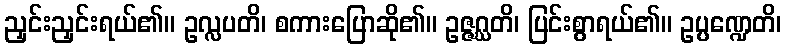
ညှင်းညှင်းရယ်၏။ ဥလ္လပတိ၊ စကားပြောဆို၏။ ဥဇ္ဇဂ္ဃတိ၊ ပြင်းစွာရယ်၏။ ဥပ္ပဏ္ဍေတိ၊